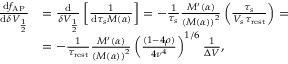
\begin{array} { r l } { \frac { \mathrm { d } f _ { \mathrm { A P } } } { \mathrm { d } \delta V _ { \frac { 1 } { 2 } } } } & { = \frac { \mathrm { d } } { \delta V _ { \frac { 1 } { 2 } } } \left[ \frac { 1 } { \mathrm { d } \tau _ { s } M ( \alpha ) } \right] = - \frac { 1 } { \tau _ { s } } \frac { M ^ { \prime } ( \alpha ) } { \left( M ( \alpha ) \right) ^ { 2 } } \left( \frac { \tau _ { s } } { V _ { s } \tau _ { \mathrm { r e s t } } } \right) = } \\ & { = - \frac { 1 } { \tau _ { \mathrm { r e s t } } } \frac { M ^ { \prime } ( \alpha ) } { \left( M ( \alpha ) \right) ^ { 2 } } \left( \frac { ( 1 - 4 \rho ) } { 4 \nu ^ { 4 } } \right) ^ { 1 / 6 } \frac { 1 } { \Delta V } , } \end{array}